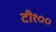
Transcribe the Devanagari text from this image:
टी१००